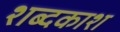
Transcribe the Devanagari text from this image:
शब्दकाश